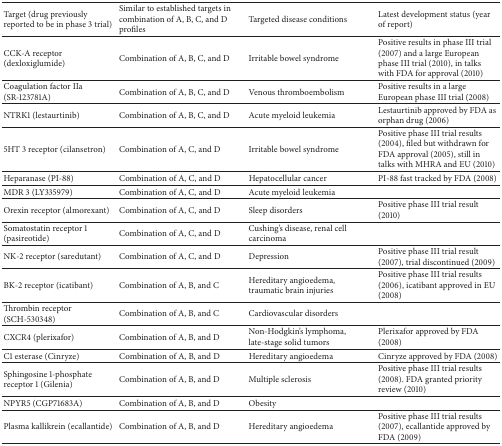
<table><thead><tr><td><b>Target (drug previously reported to be in phase 3 trial)</b></td><td><b>Similar to established targets in combination of A, B, C, and D profiles</b></td><td><b>Targeted disease conditions</b></td><td><b>Latest development status (year of report)</b></td></tr></thead><tbody><tr><td>CCK-A receptor (dexloxiglumide)</td><td>Combination of A, B, C, and D</td><td>Irritable bowel syndrome</td><td>Positive results in phase III trial (2007) and a large European phase III trial (2010), in talks with FDA for approval (2010)</td></tr><tr><td>Coagulation factor IIa (SR-123781A)</td><td>Combination of A, B, C, and D</td><td>Venous thromboembolism</td><td>Positive results in a large European phase III trial (2008)</td></tr><tr><td>NTRK1 (lestaurtinib)</td><td>Combination of A, B, C, and D</td><td>Acute myeloid leukemia</td><td>Lestaurtinib approved by FDA as orphan drug (2006)</td></tr><tr><td>5HT 3 receptor (cilansetron)</td><td>Combination of A, C, and D</td><td>Irritable bowel syndrome</td><td>Positive phase III trial results (2004), filed but withdrawn for FDA approval (2005), still in talks with MHRA and EU (2010)</td></tr><tr><td>Heparanase (PI-88)</td><td>Combination of A, C, and D</td><td>Hepatocellular cancer</td><td>PI-88 fast tracked by FDA (2008)</td></tr><tr><td>MDR 3 (LY335979)</td><td>Combination of A, C, and D</td><td>Acute myeloid leukemia</td><td> </td></tr><tr><td>Orexin receptor (almorexant)</td><td>Combination of A, C, and D</td><td>Sleep disorders</td><td>Positive phase III trial result (2010)</td></tr><tr><td>Somatostatin receptor 1(pasireotide)</td><td>Combination of A, C, and D</td><td>Cushing&#x27;s disease, renal cell carcinoma</td><td> </td></tr><tr><td>NK-2 receptor (saredutant)</td><td>Combination of A, C, and D</td><td>Depression</td><td>Positive phase III trial result (2007), trial discontinued (2009)</td></tr><tr><td>BK-2 receptor (icatibant)</td><td>Combination of A, B, and C</td><td>Hereditary angioedema, traumatic brain injuries</td><td>Positive phase III trial results (2006), icatibant approved in EU (2008)</td></tr><tr><td>Thrombin receptor (SCH-530348)</td><td>Combination of A, B, and C</td><td>Cardiovascular disorders</td><td> </td></tr><tr><td>CXCR4 (plerixafor)</td><td>Combination of A, B, and D</td><td>Non-Hodgkin&#x27;s lymphoma, late-stage solid tumors</td><td>Plerixafor approved by FDA (2008)</td></tr><tr><td>C1 esterase (Cinryze)</td><td>Combination of A, B, and D</td><td>Hereditary angioedema</td><td>Cinryze approved by FDA (2008)</td></tr><tr><td>Sphingosine 1-phosphate receptor 1 (Gilenia)</td><td>Combination of A, B, and D</td><td>Multiple sclerosis</td><td>Positive phase III trial results (2008). FDA granted priority review (2010)</td></tr><tr><td>NPYR5 (CGP71683A)</td><td>Combination of A, B, and D</td><td>Obesity</td><td> </td></tr><tr><td>Plasma kallikrein (ecallantide)</td><td>Combination of A, B, and D</td><td>Hereditary angioedema</td><td>Positive phase III trial results (2007), ecallantide approved by FDA (2009)</td></tr></tbody></table>